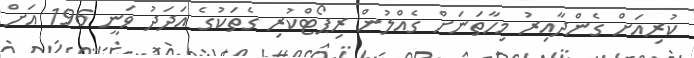
ކުރިއަށް ގެންދާއިރު މިހާތަނަށް ގެއްލުން ރިޕޯޓްކުރި ގެތަކުގެ އަދަދު ވަނީ 196 އަށް